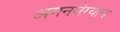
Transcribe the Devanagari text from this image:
अगनबेग्यान